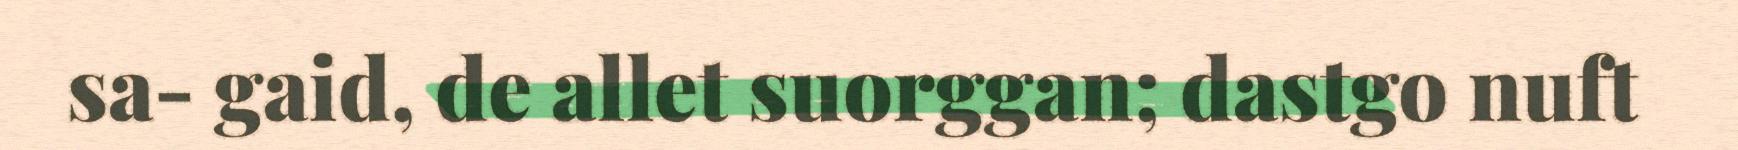
sa- gaid, de allet suorggan; dastgo nuft